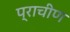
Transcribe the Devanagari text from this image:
प्राचीण